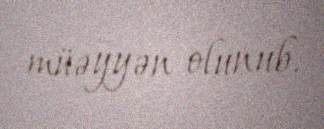
müəyyən olunub.